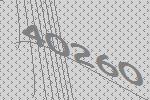
40260